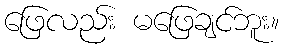
ဖြေလည်း မဖြေချင်ဘူး။